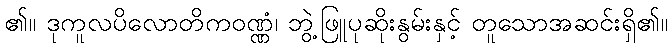
၏။ ဒုကူလပိလောတိကဝဏ္ဏံ၊ ဘွဲ့ဖြူပုဆိုးနွမ်းနှင့် တူသောအဆင်းရှိ၏။